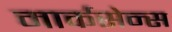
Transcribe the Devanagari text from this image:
मार्कसेन्स